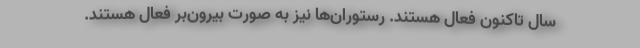
سال تاکنون فعال هستند. رستوران‌ها نیز به صورت بیرون‌بر فعال هستند.